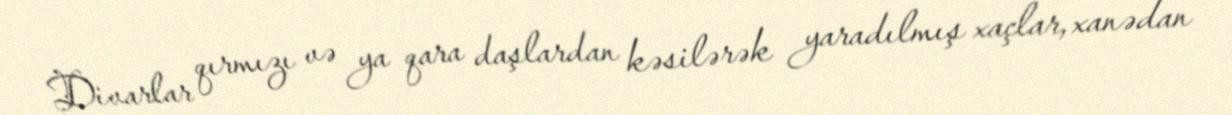
Divarlar qırmızı və ya qara daşlardan kəsilərək yaradılmış xaçlar, xanədan